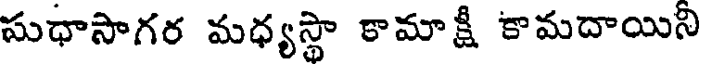
సుధాసాగర మధ్యస్థా కామాక్షీ కామదాయిని